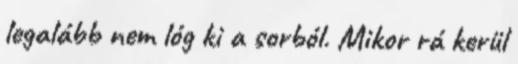
legalább nem lóg ki a sorból. Mikor rá kerül